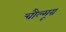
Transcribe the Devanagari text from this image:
चौल्मूग्र